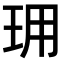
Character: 𤤪